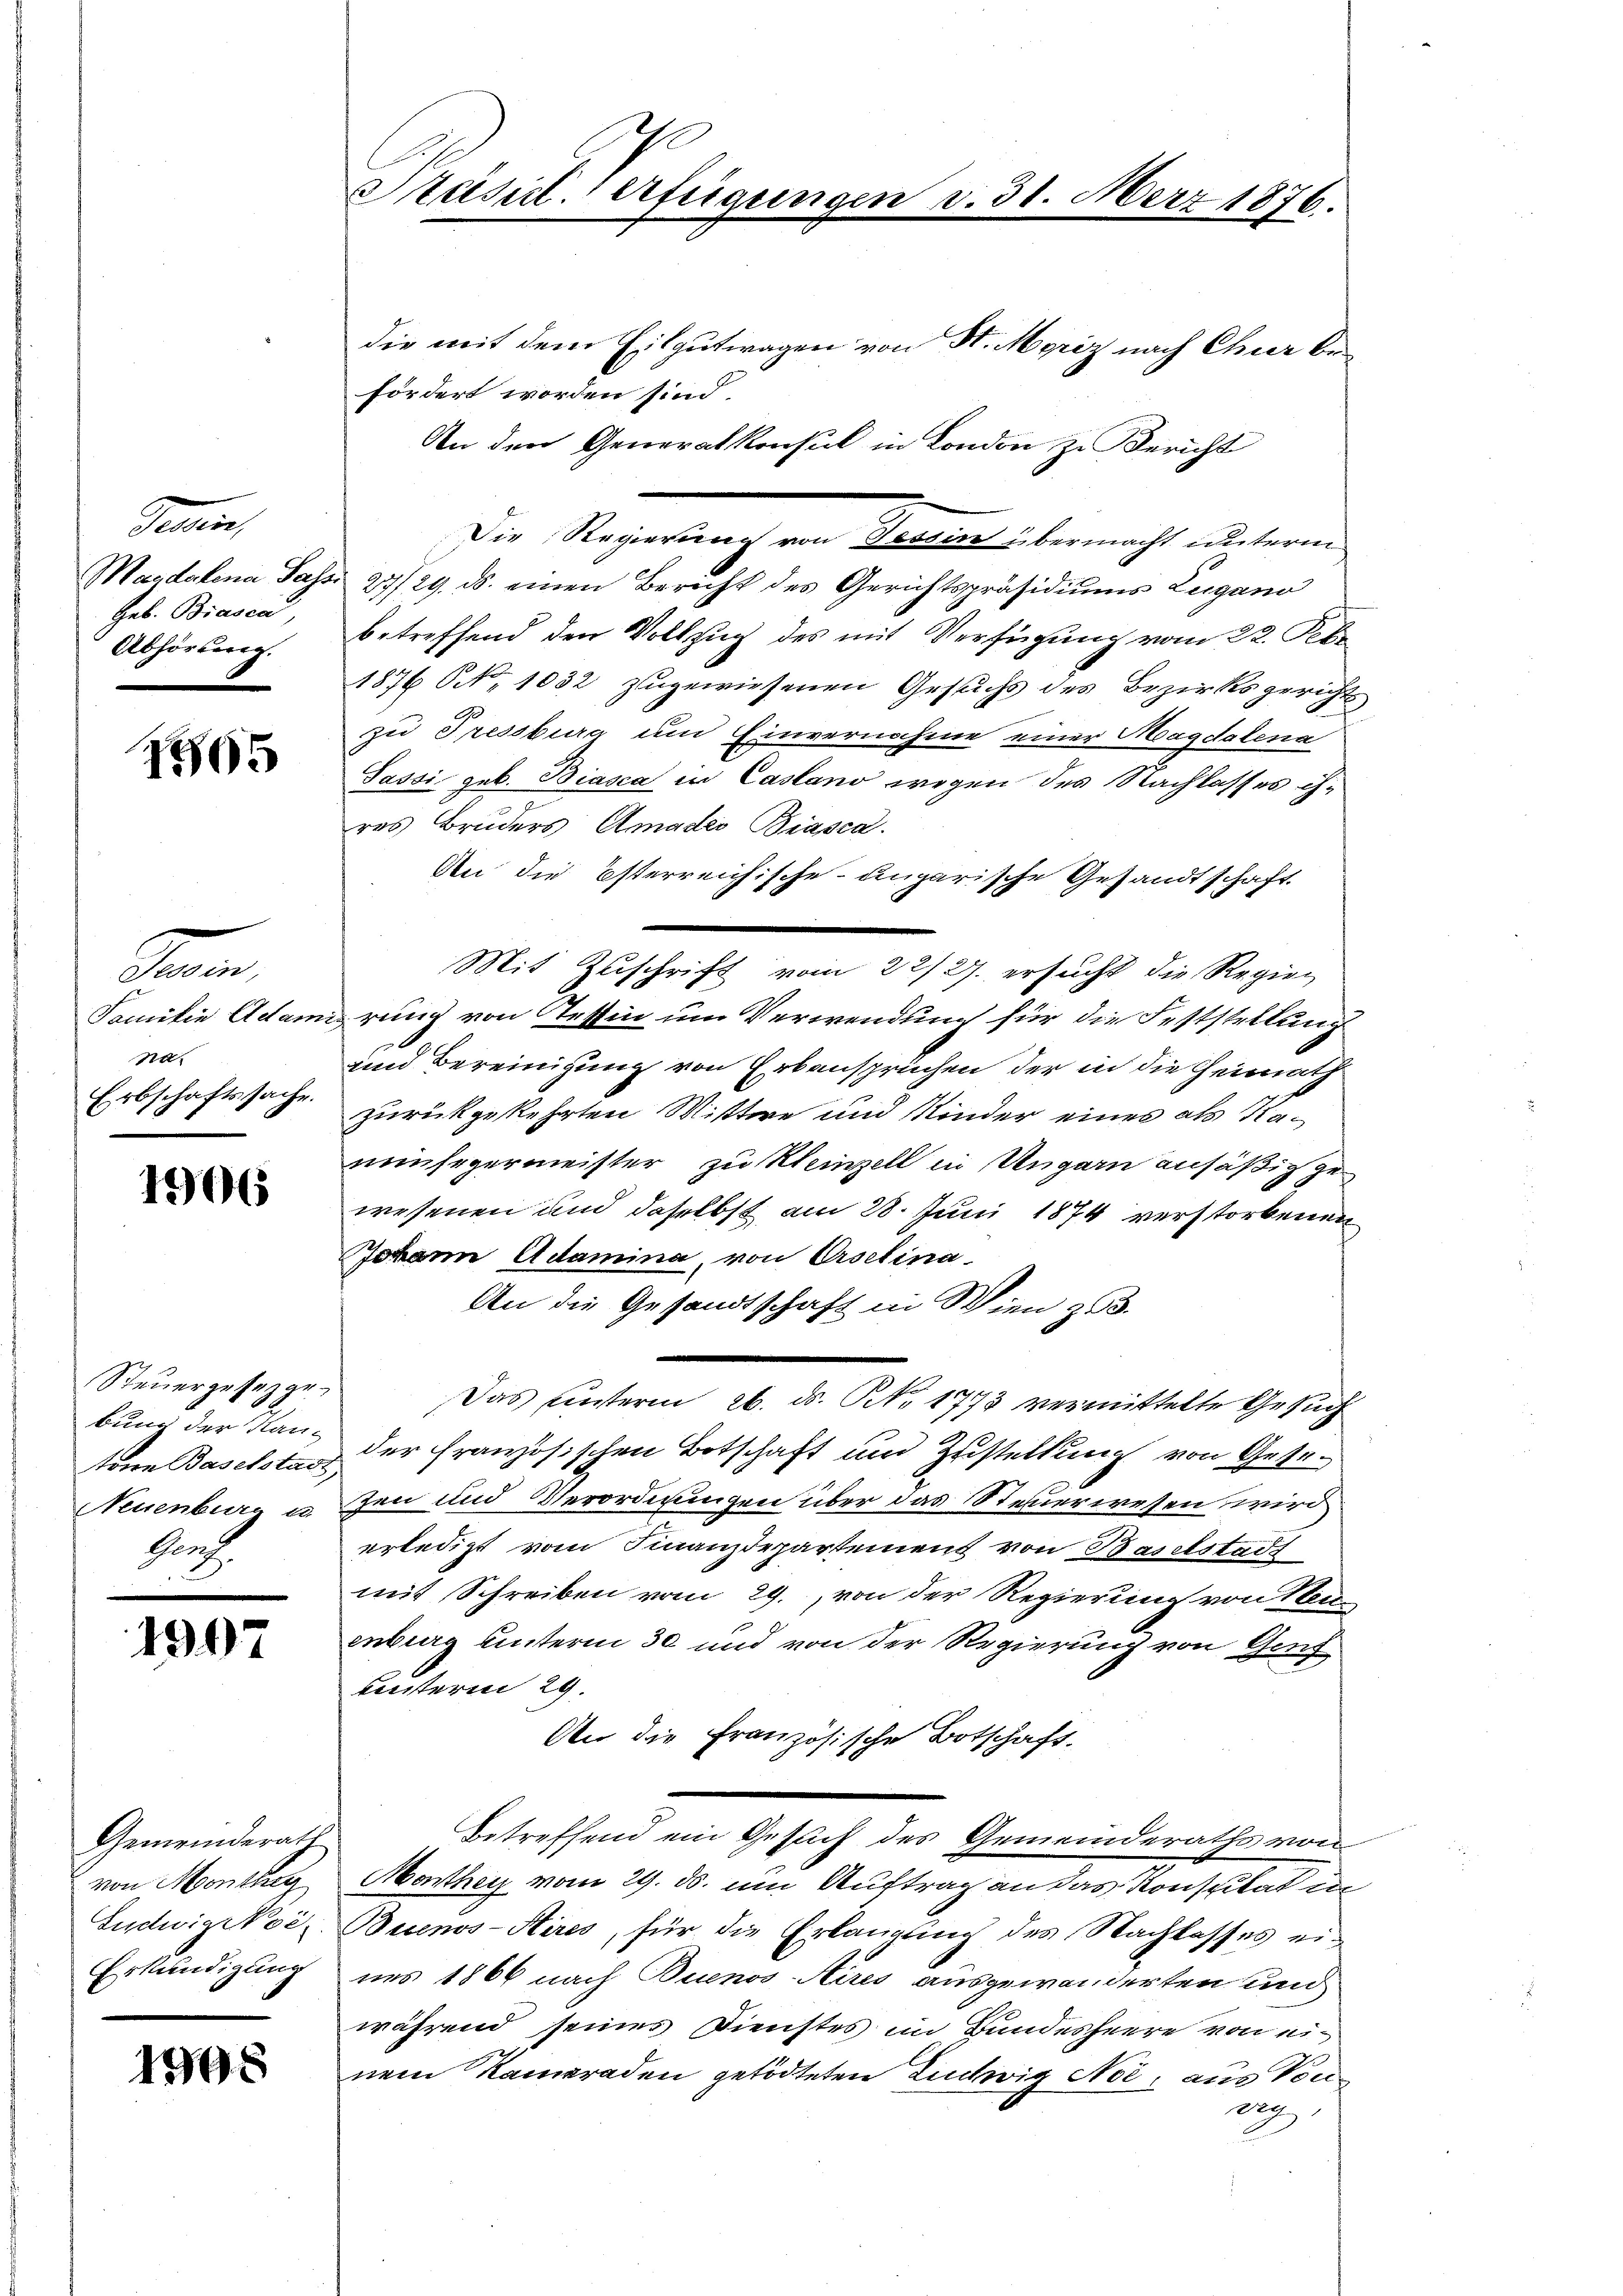
Tein,
Geb. Biasca,
Abhörung.

1865

Seien,
Samitin Adam
na.
Erbschaftssache.

1906

Steuergesez gebung der Kan¬
Prof.

1907

Gemeinderath
von Monthey
Ludwig Noi¬
Erkundigung

1908

Päsit. erfügungen v. 31. März 1876.

die mit dem Eilgutwagen von St. Moriz nach Chier befördert worden sind.
An den Generalkonsul in London zu Bericht
.
Die Regierung von Tessin übermacht unterm
Magdalena Tass: 27/29. ds. einen Bericht des Gerichtspräsidiums Lugano
betreffend den Vollzug des mit Verfügung vom 22. Febr
1876 S. 1032 zugewiesenen Gesuchs des Bezirksgericht
zu Pressburg um Einvernahme einer Magdalena
Passi geb. Biasca in Casano wegen des Nachlasses ihres Bruders Amades Biasca.
An die österreichische ungarische Gesandtschaft.
Mit Zuschrift vom 22/27. ersucht die Regier
uerung von Tessin um Verwendung für die Feststellung
und Bereinigung von Erbanspruchen der in die Heimath
zurückgekehrten Wittwe und Kinder eines als 12
neuhegermeister zu Kleinzell in Ungarn ansäßig gewesenen und daselbst am 28. Juni 1874 verstorbenen
Johann Adamina, von Arselina
An die Gesandtschaft in Wien 263.
Das unterm 26. ds. No 1773 vermittelte Gesuch
tone Baselst der französischen Botschaft und Zustellung von Gese¬
Neuenburg u zen und Verordnungen über das Steuerwesen wird
erledigt vom Finanzdepartement von Baselstadt
mit Schreiben vom 29. von der Regierung von Neuenburg unterm 30 und von der Regierung von Genf
Unterm 29.
An die Französische Botschaft.
Betreffend ein Gesuch des Gemeinderaths von
Monthey vom 29. ds. um Auftrag an das Konsulat in
Buenos-Aires, für die Erlangung des Nachlasses eiues 1866 nach Buenos-Aires ausgewanderten und
während seines Dienstes im Bundesheere von einem Kameraden getödteten Ludwig Not, aus Voreig